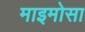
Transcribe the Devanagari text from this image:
माइमोसा